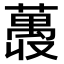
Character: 𫉨